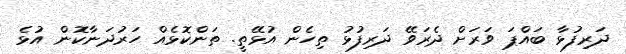
ދަރިފުޅާ ބައްޕަ ވަރަށް ދެރަވޭ ދަރިފުޅު ތިހެން އުޅޭތީ. ތަންކޮޅެއް ހަރުދަނާކޮން އުޅެ